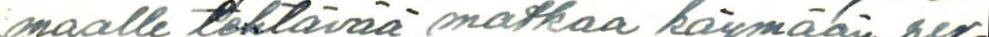
maalle tehtävää matkaa käymään per-